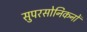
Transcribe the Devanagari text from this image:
सुपरसोनिकनों